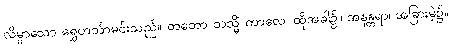
လိမ္မာသော ရွှေဟင်္သာမင်းသည်။ တတော တသ္မိံ ကာလေ၊ ထိုအခါ၌။ အနန္တရာ၊ အခြားမဲ့၌။